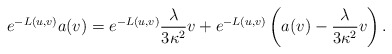
\begin{align*} e^{-L(u,v)}a(v)=e^{-L(u,v)}\frac{\lambda}{3\kappa^2}v+e^{-L(u,v)}\left(a(v)-\frac{\lambda}{3\kappa^2}v\right).\end{align*}